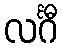
လင်္ဂီ